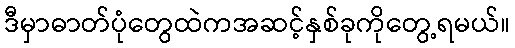
ဒီမှာဓာတ်ပုံတွေထဲကအဆင့်နှစ်ခုကိုတွေ့ရမယ်။